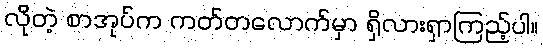
လိုတဲ့ စာအုပ်က ကတ်တလောက်မှာ ရှိလားရှာကြည့်ပါ။